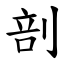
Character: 剖